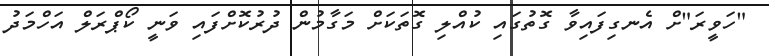
"ހަވީރަ"ށް އެނގިފައިވާ ގޮތުގައި ކުއްލި ގޮތަކަށް މަގާމުން ދުރުކޮށްފައި ވަނީ ކޯޕްރަލް އަހްމަދު